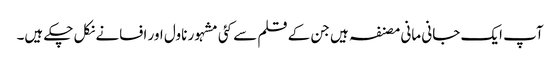
آپ ایک جانی مانی مصنفہ ہیں جن کے قلم سے کئی مشہور ناول اور افسانے نکل چکے ہیں۔